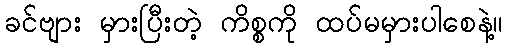
ခင်ဗျား မှားပြီးတဲ့ ကိစ္စကို ထပ်မမှားပါစေနဲ့။